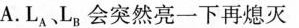
A.L_{A}L_{B}会突然亮一下再熄灭